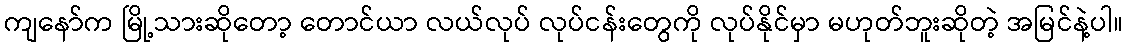
ကျနော်က မြို့သားဆိုတော့ တောင်ယာ လယ်လုပ် လုပ်ငန်းတွေကို လုပ်နိုင်မှာ မဟုတ်ဘူးဆိုတဲ့ အမြင်နဲ့ပါ။